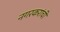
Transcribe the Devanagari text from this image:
नगरकरांची